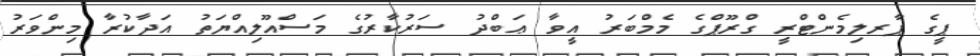
ޕީގެ ޕާރލިމެންޓްރީ ގްރޫޕްގެ މެމްބަރު އީވާ ޢަބްދު ސަރުކާރުގެ މަސްއޫލިއްޔަތު އަދާކުރާ މިންވަރު